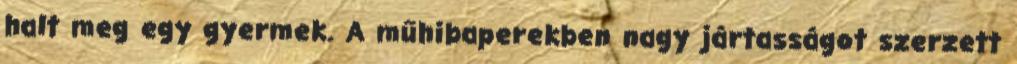
halt meg egy gyermek. A műhibaperekben nagy jártasságot szerzett